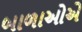
બાળાઓએ